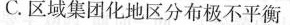
C.区域集团化地区分布极不平衡